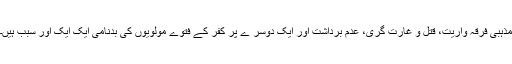
مذہبی فرقہ واریت، قتل و غارت گری، عدم برداشت اور ایک دوسر ے پر کفر کے فتوے مولویوں کی بدنامی ایک ایک اور سبب ہیں۔